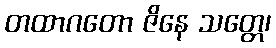
တထာဂတော ဇိနေ သတ္တေ၊